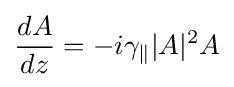
{\frac {dA}{dz}}=-i\gamma _{\|}|A|^{2}A